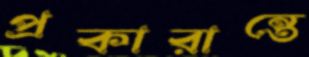
প্রকারান্তে